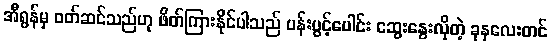
အီရွန်မှ ဝတ်ဆင်သည်ဟု ဖိတ်ကြားနိုင်ပါသည် ပန်းပွင့်ပေါင်း ဆွေးနွေးလိုတဲ့ ခုနလေးတင်